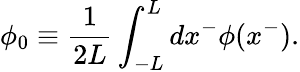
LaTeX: \phi_{0}\equiv\frac{1}{2L}\int_{-L}^{L}dx^{-}\phi(x^{-}).